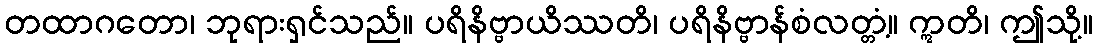
တထာဂတော၊ ဘုရားရှင်သည်။ ပရိနိဗ္ဗာယိဿတိ၊ ပရိနိဗ္ဗာန်စံလတ္တံ့။ ဣတိ၊ ဤသို့။